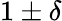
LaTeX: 1\pm\delta